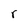
Character: r